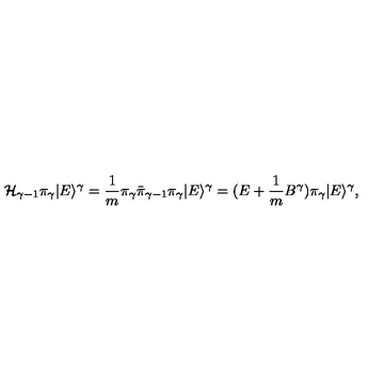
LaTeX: { \mathcal { H } } _ { \gamma - 1 } \pi _ { \gamma } | E \rangle ^ { \gamma } = \frac { 1 } { m } \pi _ { \gamma } \bar { \pi } _ { \gamma - 1 } \pi _ { \gamma } | E \rangle ^ { \gamma } = ( E + \frac { 1 } { m } B ^ { \gamma } ) \pi _ { \gamma } | E \rangle ^ { \gamma } ,